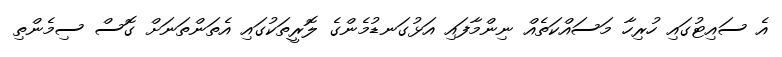
އެ ސައިޓުގައި ހުރިހާ މަސައްކަތެއް ނިންމާފައި އަޅުގަނޑުމެންގެ ލޮރީތަކުގައި އެތަންތަނަށް ގޮސް ސިމެންތި